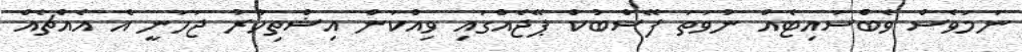
ނަމަވެސް ވެބްސައިޓެއް ނުވަތަ ފޭސްބުކް ޕޭޖެއްގައި ވިއްކަން އިޝްތިހާރު ޖަހަނީ އެ އެއްޗެއް